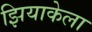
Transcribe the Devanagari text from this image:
झियाकेला